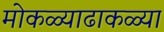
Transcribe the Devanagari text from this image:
मोकळ्याढाकळ्या